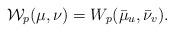
LaTeX: \begin{align*}\mathcal{W}_{p}(\mu,\nu)=W_{p}(\bar{\mu}_{u},\bar{\nu}_{v}). \end{align*}